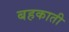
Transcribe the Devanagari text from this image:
बहकाती